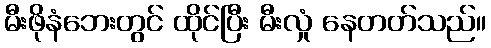
မီးဖိုနံဘေးတွင် ထိုင်ပြီး မီးလှုံ နေတတ်သည်။